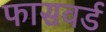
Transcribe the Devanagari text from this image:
फासवर्ड